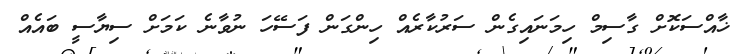
ޚާއްސަކޮށް ގާސިމް ހިމަނައިގެން ސަރުކާރެއް ހިންގަން ފަސޭހަ ނުވާނެ ކަމަށް ސިޔާސީ ބައެއް